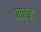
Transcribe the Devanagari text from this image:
मराह